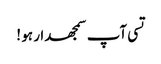
تسی آپ سمجھدار ہو !